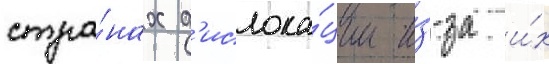
стра́нах д'ислока́ции и́з-за и́х